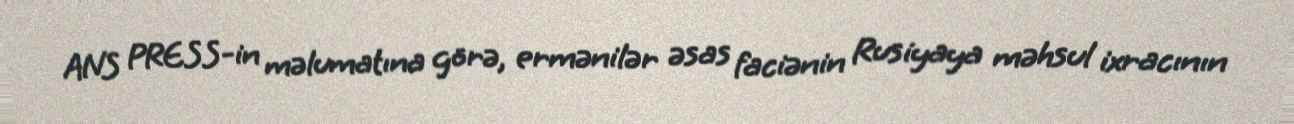
ANS PRESS-in məlumatına görə, ermənilər əsas faciənin Rusiyaya məhsul ixracının